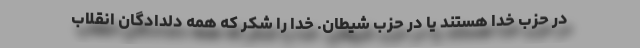
در حزب خدا هستند یا در حزب شیطان. خدا را شکر که همه دلدادگان انقلاب